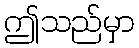
ဤသည်မှာ